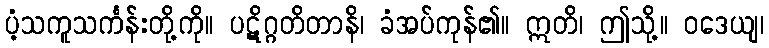
ပံ့သကူသင်္ကန်းတို့ကို။ ပဋိဂ္ဂတိတာနိ၊ ခံအပ်ကုန်၏။ ဣတိ၊ ဤသို့။ ဝဒေယျ၊